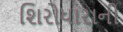
શિરોધારાની